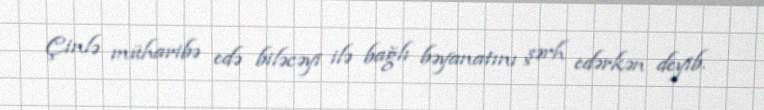
Çinlə müharibə edə biləcəyi ilə bağlı bəyanatını şərh edərkən deyib.